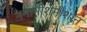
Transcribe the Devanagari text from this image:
नमामीशमीशान